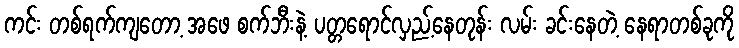
ကင်း တစ်ရက်ကျတော့ အဖေ စက်ဘီးနဲ့ ပတ္တရောင်လှည့်နေတုန်း လမ်း ခင်းနေတဲ့ နေရာတစ်ခုကို